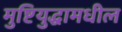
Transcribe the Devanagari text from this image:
मुष्टियुद्धामधील